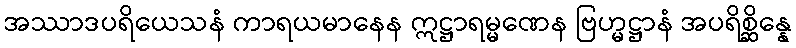
အဿာဒပရိယေသနံ ကာရယမာနေန ဣဋ္ဌာရမ္မဏေန ဗြဟ္မဋ္ဌာနံ အပရိစ္ဆိန္နေ